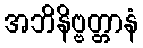
အဘိနိဗ္ဗတ္တာနံ